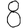
Digit: 8